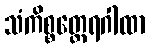
သံကိစ္စတ္ထေရဂါထာ